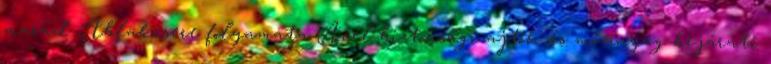
marad Ablakcsere folyamata Acél biztonsági ajtók és műanyag bejárati